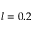
l = 0 . 2